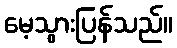
မေ့သွားပြန်သည်။